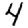
Digit: 4